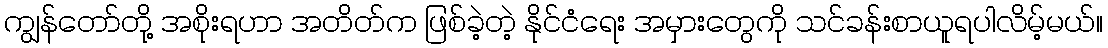
ကျွန်တော်တို့ အစိုးရဟာ အတိတ်က ဖြစ်ခဲ့တဲ့ နိုင်ငံရေး အမှားတွေကို သင်ခန်းစာယူရပါလိမ့်မယ်။